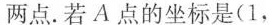
两点。若A点的坐标是(1，